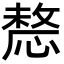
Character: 𢟤